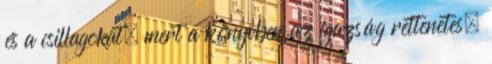
és a csillagokat, mert a könyvben az igazság rettenetes.